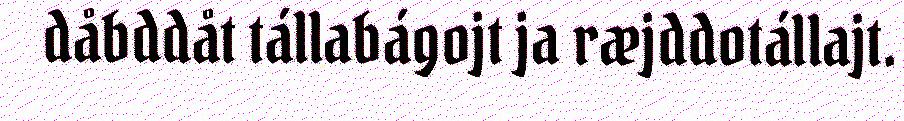
dåbddåt tállabágojt ja ræjddotállajt.